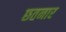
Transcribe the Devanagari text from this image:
छतनार